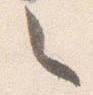
々